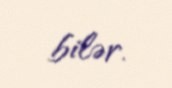
bilər.